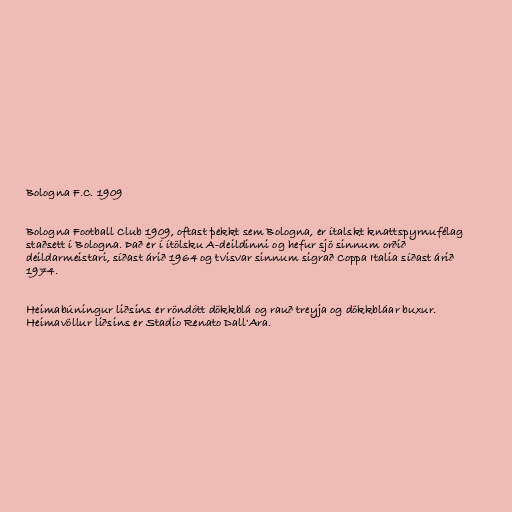
Bologna F.C. 1909

Bologna Football Club 1909, oftast þekkt sem Bologna, er ítalskt knattspyrnufélag
staðsett í Bologna. Það er í ítölsku A-deildinni og hefur sjö sinnum orðið
deildarmeistari, síðast árið 1964 og tvisvar sinnum sigrað Coppa Italia síðast árið
1974.

Heimabúningur liðsins er röndótt dökkblá og rauð treyja og dökkbláar buxur.
Heimavöllur liðsins er Stadio Renato Dall'Ara.